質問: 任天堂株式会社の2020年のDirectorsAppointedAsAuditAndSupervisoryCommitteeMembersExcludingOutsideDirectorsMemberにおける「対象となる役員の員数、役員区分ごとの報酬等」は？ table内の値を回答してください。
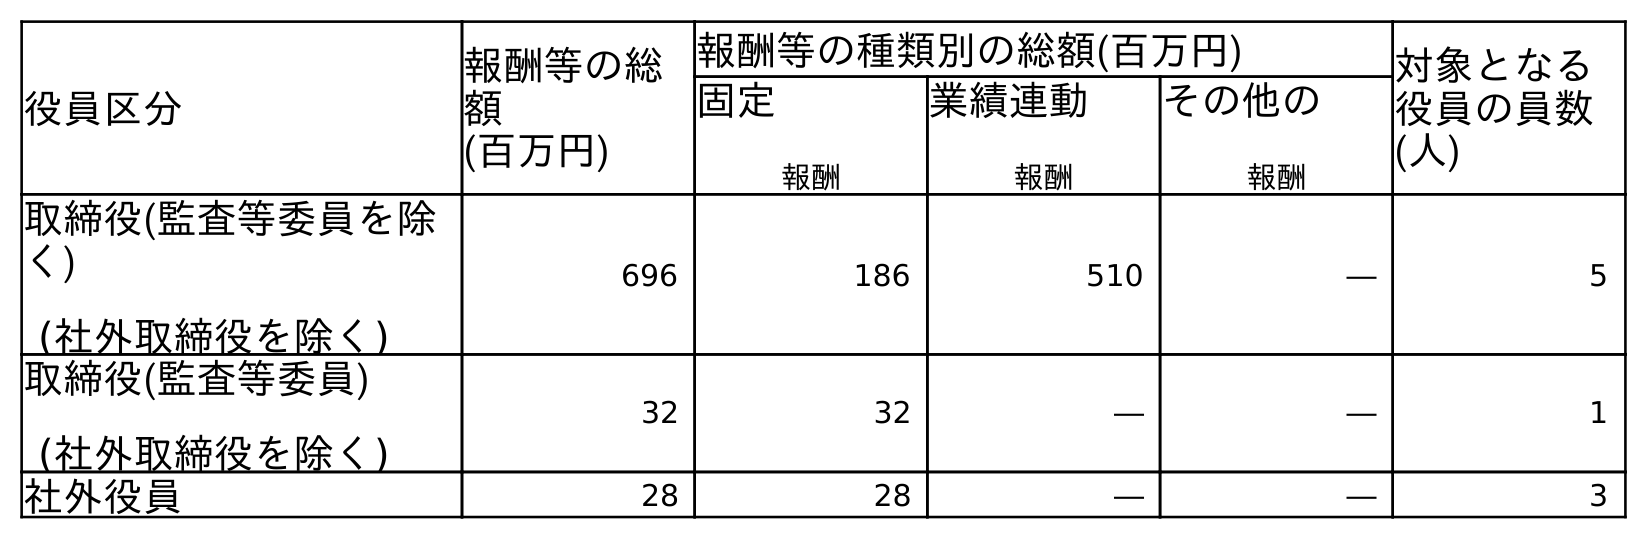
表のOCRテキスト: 役員区分 報酬等の総 額 (百万円) 報酬等の種類別の総額(百万円) 対象となる 役員の員数 (人) 固定 報酬 業績連動 報酬 その他の 報酬 取締役(監査等委員を除 く) (社外取締役を除く) 696 186 510 ― 5 取締役(監査等委員) (社外取締役を除く) 32 32 ― ― 1 社外役員 28 28 ― ― 3
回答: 1